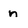
Character: n